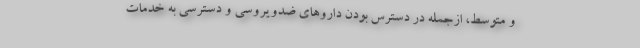
و متوسط، ازجمله در دسترس بودن داروهای ضدویروسی و دسترسی به خدمات